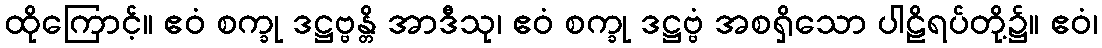
ထိုကြောင့်။ ဧဝံ စက္ခု ဒဋ္ဌဗ္ဗန္တိ အာဒီသု၊ ဧဝံ စက္ခု ဒဋ္ဌဗ္ဗံ အစရှိသော ပါဠိရပ်တို့၌။ ဧဝံ၊